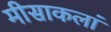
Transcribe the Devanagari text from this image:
मीसाकलां